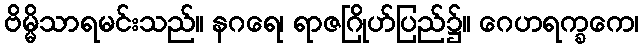
ဗိမ္မိသာရမင်းသည်။ နဂရေ၊ ရာဇဂြိုဟ်ပြည်၌။ ဂေဟရက္ခကေ၊